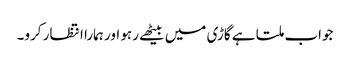
جواب ملتا ہے گاڑی میں بیٹھے رہو اور ہمارا انتظار کرو۔